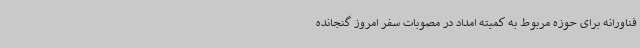
فناورانه برای حوزه مربوط به کمیته امداد در مصوبات سفر امروز گنجانده